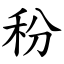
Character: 秎